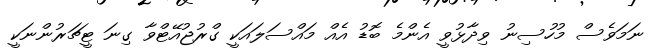
ނަމަވެސް މުހުސިނު ވިދާޅުވީ އެންމެ ބޮޑު އެއް މައްސަލައަކީ ގްރުޖުއޭޓްވާ ގިނަ ޓީޗަރުންނަކީ